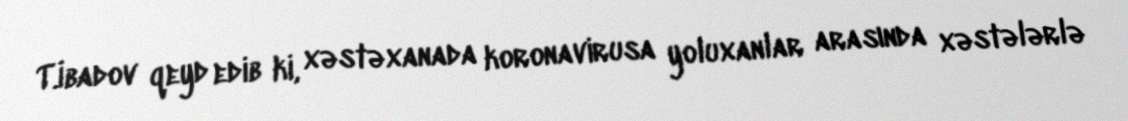
T.İbadov qeyd edib ki, xəstəxanada koronavirusa yoluxanlar arasında xəstələrlə